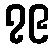
၇၉